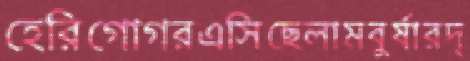
হেরিগোগরএসিছেলামবুর্ষারদ্